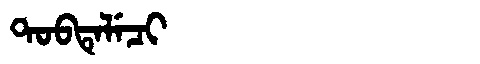
Manchu: ᡨᠣᠪᡨᡝᠯᡝᠴᡳ
Romanization: TOBTELECI